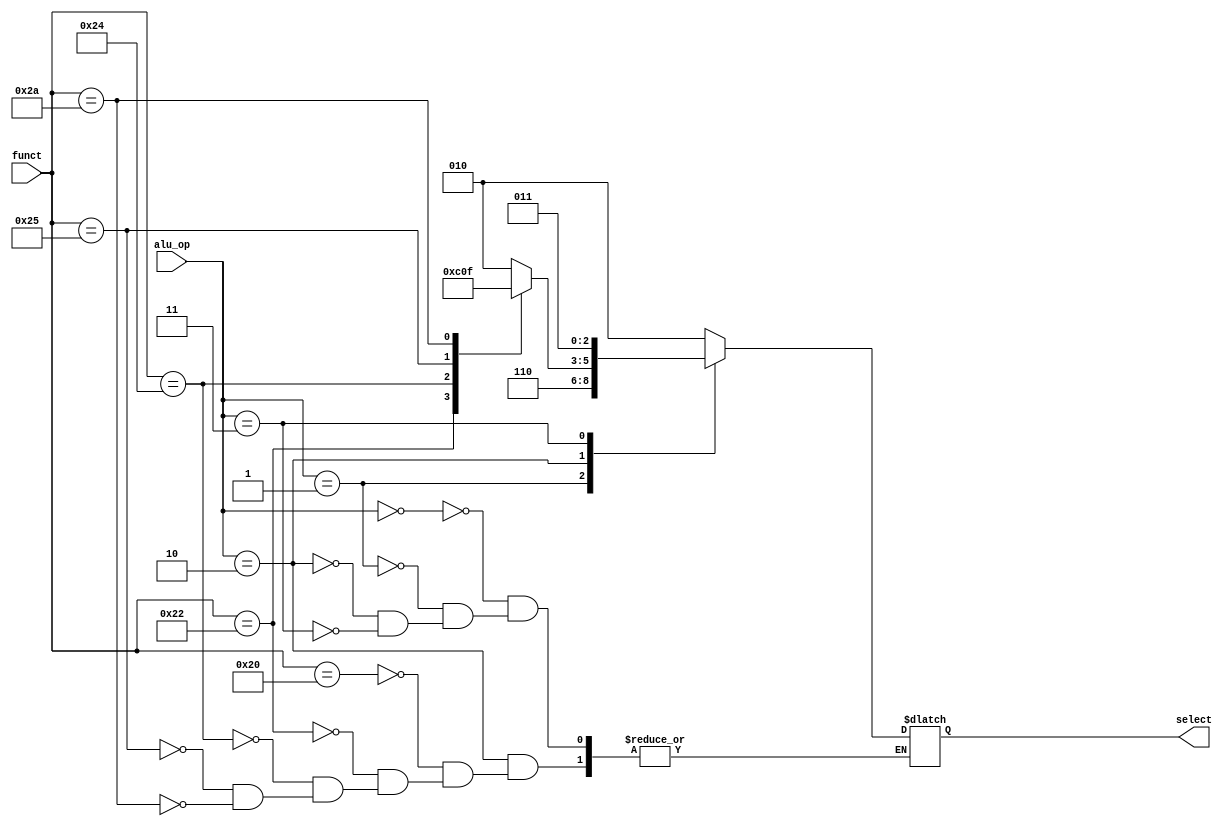
module ALU_CONTROL(input [5:0] funct, input [1:0] alu_op, output reg [2:0] select);
	always @ * 
	begin
		case (alu_op) 
			2'b00: 
				begin
					select <= 3'b010;            
				end
			2'b01: 
				begin
					select <= 3'b110;            
				end
			2'b10: 
				begin
					case (funct) 
						6'b100000: 
							begin
								select <= 3'b010;   
							end
						6'b100010: 
							begin
								select <= 3'b110;   
							end
						6'b100100: 
							begin
								select <= 3'b000;   
							end
						6'b100101: 
							begin
								select <= 3'b001;   
							end
						6'b101010: 
							begin
								select <= 3'b111;   
							end
					endcase
				end
			2'b11:
				begin
					select <= 3'b011;            
				end
		endcase
	end
endmodule